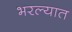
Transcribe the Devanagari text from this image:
भरल्यात